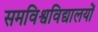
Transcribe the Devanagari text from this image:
समविश्वविद्यालयों